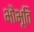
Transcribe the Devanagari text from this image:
भौभूति